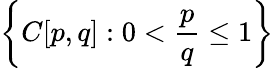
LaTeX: \left\{ C[p,q]:0<{\frac{p}{q}}\leq 1\right\}